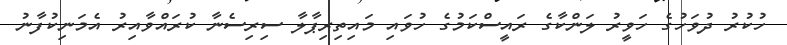
ހުކުރު ދުވަހުގެ ހަވީރު ލަންކާގެ ރައީސްކަމުގެ ހުވައި މައިތިރިޕާލާ ސިރިސެނާ ކުރައްވާއިރު އެމަނިކުފާނު